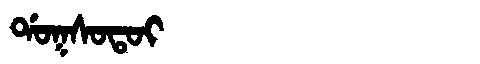
Manchu: ᡩᠣᡴᠰᠣᡨᠣᡳ
Romanization: DOKSOTOI